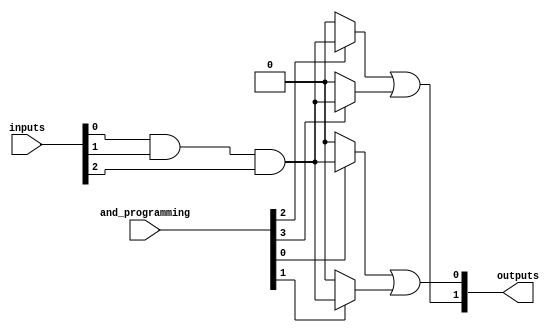
module GPAL #(
    parameter NUM_AND_GATES = 4, // Number of programmable AND gates
    parameter NUM_OR_GATES = 2,   // Number of fixed OR gates
    parameter NUM_INPUTS = 3      // Number of inputs (A, B, C, etc.)
)(
    input wire [NUM_INPUTS-1:0] inputs, // Input lines
    input wire [NUM_AND_GATES-1:0] and_programming, // Programming signals for AND gates
    output wire [NUM_OR_GATES-1:0] outputs // Output lines
);

    // Intermediate signals for AND gate outputs
    wire [NUM_AND_GATES-1:0] and_outputs;

    // Programmable AND array
    genvar i;
    generate
        for (i = 0; i < NUM_AND_GATES; i = i + 1) begin : and_gate
            // Each AND gate can be programmed based on the programming signals
            assign and_outputs[i] = (and_programming[i]) ? 
                (inputs[0] & inputs[1] & inputs[2]) : 0; // Example logic, can be modified
        end
    endgenerate

    // Fixed OR array
    assign outputs[0] = and_outputs[0] | and_outputs[1]; // OR gate 1
    assign outputs[1] = and_outputs[2] | and_outputs[3]; // OR gate 2

endmodule